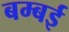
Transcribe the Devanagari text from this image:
बम्‍बई